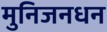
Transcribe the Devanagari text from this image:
मुनिजनधन